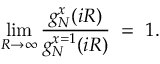
\operatorname * { l i m } _ { R \rightarrow \infty } { \frac { g _ { N } ^ { x } ( i R ) } { g _ { N } ^ { x = 1 } ( i R ) } } \; = \; 1 .